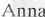
Anna